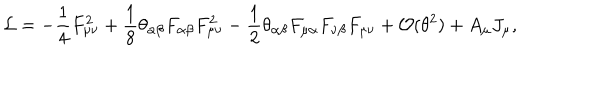
LaTeX: { \cal L } = - \frac 1 4 F _ { \mu \nu } ^ { 2 } + \frac 1 8 \theta _ { \alpha \beta } F _ { \alpha \beta } F _ { \mu \nu } ^ { 2 } - \frac 1 2 \theta _ { \alpha \beta } F _ { \mu \alpha } F _ { \nu \beta } F _ { \mu \nu } + { \cal O } ( \theta ^ { 2 } ) + A _ { \mu } J _ { \mu } ,